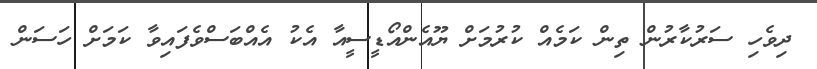
ދިވެހި ސަރުކާރުން ތިން ކަމެއް ކުރުމަށް ޔޫއެންއޯޑީސީއާ އެކު އެއްބަސްވެފައިވާ ކަމަށް ހަސަން